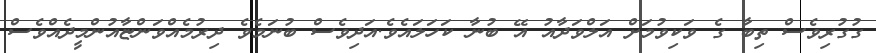
ގުގުރިވެސް ތިބާ ގެ ވަކިވުމަށް އަލްވަދާއު އޭ ބުނާ ކަހަލައެވެ.އަދިވެސް ބުނަމެވެ ދިރުމެއްވަންޏާއުންމީދެއްވެސް